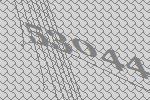
53044